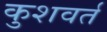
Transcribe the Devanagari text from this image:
कुशवर्त